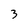
Character: 3